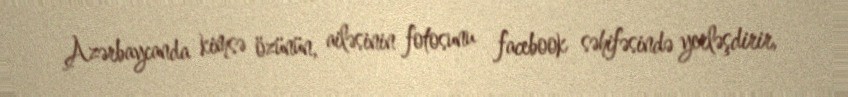
Azərbaycanda kimsə özünün, ailəsinin fotosunu facebook səhifəsində yerləşdirir,